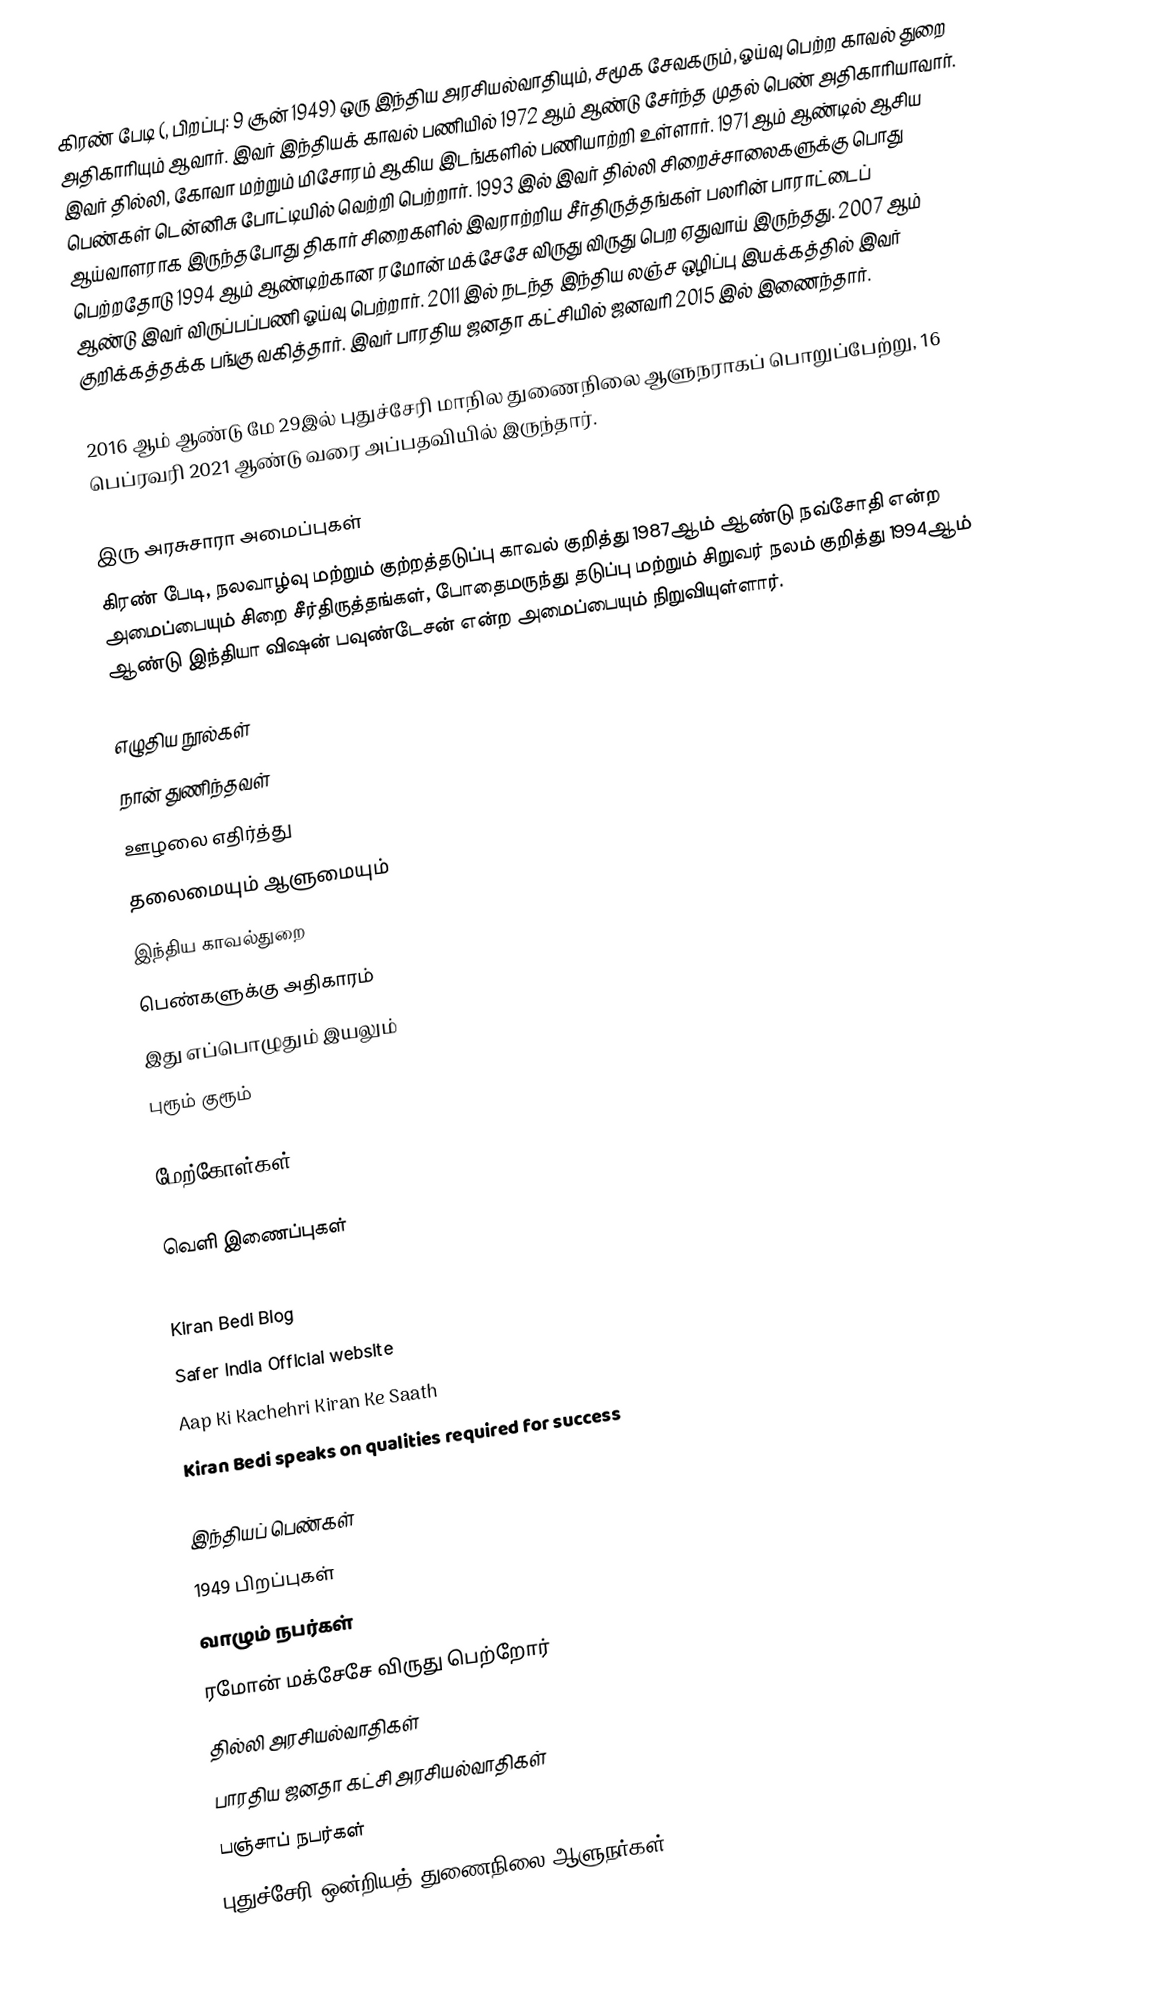
கிரண் பேடி (, பிறப்பு: 9 சூன் 1949) ஒரு இந்திய அரசியல்வாதியும், சமூக சேவகரும், ஓய்வு பெற்ற காவல் துறை அதிகாரியும் ஆவார். இவர் இந்தியக் காவல் பணியில் 1972 ஆம் ஆண்டு சேர்ந்த முதல் பெண் அதிகாரியாவார். இவர் தில்லி, கோவா மற்றும் மிசோரம் ஆகிய இடங்களில் பணியாற்றி உள்ளார். 1971 ஆம் ஆண்டில் ஆசிய பெண்கள் டென்னிசு போட்டியில் வெற்றி பெற்றார். 1993 இல் இவர் தில்லி சிறைச்சாலைகளுக்கு பொது ஆய்வாளராக இருந்தபோது திகார் சிறைகளில் இவராற்றிய சீர்திருத்தங்கள் பலரின் பாராட்டைப் பெற்றதோடு 1994 ஆம் ஆண்டிற்கான ரமோன் மக்சேசே விருது விருது பெற ஏதுவாய் இருந்தது. 2007 ஆம் ஆண்டு இவர் விருப்பப்பணி ஓய்வு பெற்றார். 2011 இல் நடந்த இந்திய லஞ்ச ஒழிப்பு இயக்கத்தில் இவர் குறிக்கத்தக்க பங்கு வகித்தார். இவர் பாரதிய ஜனதா கட்சியில் ஜனவரி 2015 இல் இணைந்தார்.

2016 ஆம் ஆண்டு மே 29இல் புதுச்சேரி மாநில துணைநிலை ஆளுநராகப் பொறுப்பேற்று, 16 பெப்ரவரி 2021 ஆண்டு வரை அப்பதவியில் இருந்தார்.

இரு அரசுசாரா அமைப்புகள்
கிரண் பேடி, நலவாழ்வு மற்றும் குற்றத்தடுப்பு காவல் குறித்து 1987ஆம் ஆண்டு நவ்சோதி என்ற அமைப்பையும் சிறை சீர்திருத்தங்கள், போதைமருந்து தடுப்பு மற்றும் சிறுவர் நலம் குறித்து 1994ஆம் ஆண்டு இந்தியா விஷன் பவுண்டேசன் என்ற அமைப்பையும் நிறுவியுள்ளார்.

எழுதிய நூல்கள்
 நான் துணிந்தவள்
 ஊழலை எதிர்த்து
 தலைமையும் ஆளுமையும்
 இந்திய காவல்துறை
 பெண்களுக்கு அதிகாரம்
 இது எப்பொழுதும் இயலும்
 புரூம்  குரூம்

மேற்கோள்கள்

வெளி இணைப்புகள்
 Kiran Bedi Official Website
 Kiran Bedi Blog
 Safer India Official website
  Aap Ki Kachehri Kiran Ke Saath
 Kiran Bedi speaks on qualities required for success

இந்தியப் பெண்கள்
1949 பிறப்புகள்
வாழும் நபர்கள்
ரமோன் மக்சேசே விருது பெற்றோர்
தில்லி அரசியல்வாதிகள்
பாரதிய ஜனதா கட்சி அரசியல்வாதிகள்
பஞ்சாப் நபர்கள்
புதுச்சேரி ஒன்றியத் துணைநிலை ஆளுநர்கள்